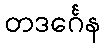
တဒင်္ဂေန